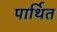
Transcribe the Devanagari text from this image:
पार्थित